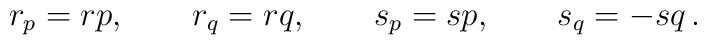
r_p=rp, \qquad r_q=rq, \qquad s_p=sp, \qquad s_q=-sq\, .